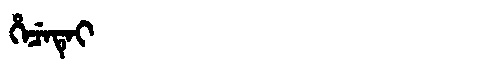
Manchu: ᡥᡝᠴᡝᡨᡝᡳ
Romanization: HECETEI